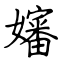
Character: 嬸